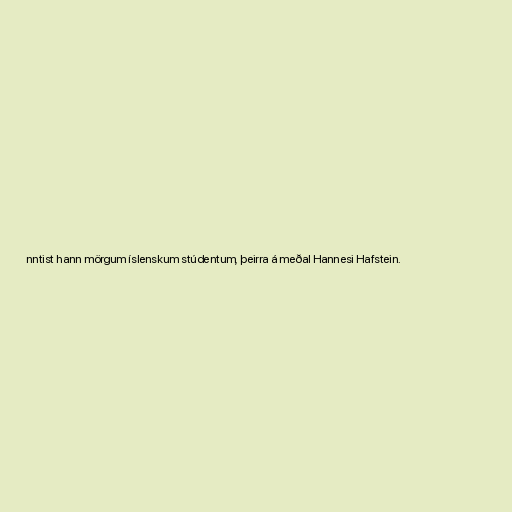
nntist hann mörgum íslenskum stúdentum, þeirra á meðal Hannesi Hafstein.